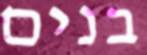
בנים